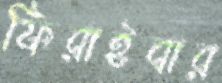
ফিরাইবার